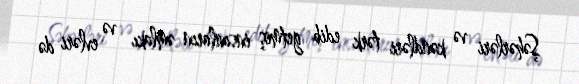
Şəhərləri və kəndləri tərk edib getmiş insanların əmlakı və evləri də